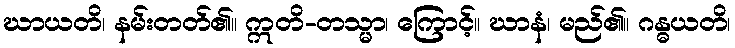
ဃာယတိ၊ နမ်းတတ်၏။ ဣတိ-တသ္မာ၊ ကြောင့်။ ဃာနံ၊ မည်၏။ ဂန္ဓယတိ၊